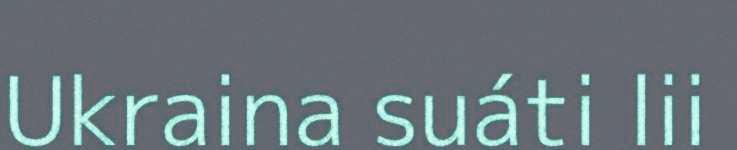
Ukraina suáti lii